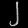
Digit: ၂